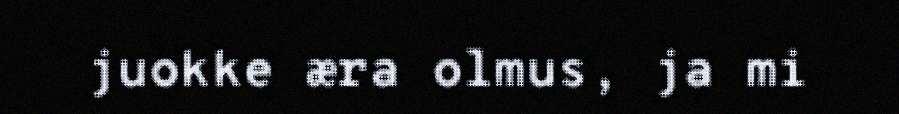
juokke æra olmus, ja mi